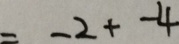
= - 2 + - 4